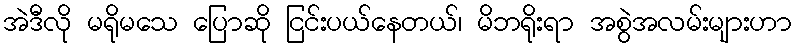
အဲဒီလို မရိုမသေ ပြောဆို ငြင်းပယ်နေတယ်၊ မိဘရိုးရာ အစွဲအလမ်းများဟာ